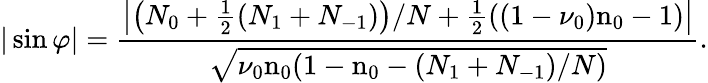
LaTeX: |\sin\varphi|=\frac{\left|\left(N_{0}+\frac{1}{2}(N_{1}+N_{-1})\right)/N+\frac{1}{2}\left((1-\nu_{0})\textrm{n}_{0}-1\right)\right|}{\sqrt{\nu_{0}\textrm{n}_{0}(1-\textrm{n}_{0}-(N_{1}+N_{-1})/N)}}.